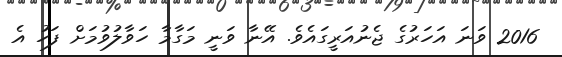
2016 ވަނަ އަހަރުގެ ޖެނުއަރީގައެވެ. އޭނާ ވަނީ މަގާމާ ހަވާލުވުމަށް ފަހު އެ